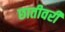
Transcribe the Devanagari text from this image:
छातीवरी